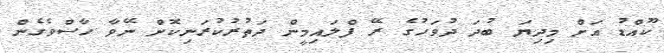
ކޫއްޑު އަށް މިދިޔަ ބުދަ ދުވަހުގެ ރޭ ފްލައިމީން ދަތުރުކުރަނިކޮށް ނޭވާ ހާސްވެގެން